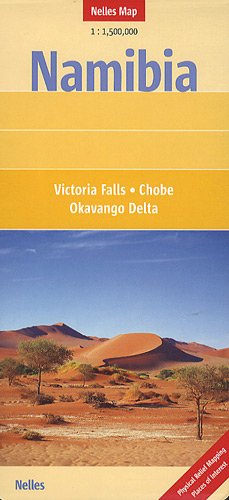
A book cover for Namibia Nelles map; Nelles Verlag; Travel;